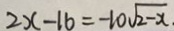
2 x - 1 6 = - 1 0 \sqrt { 2 - x }